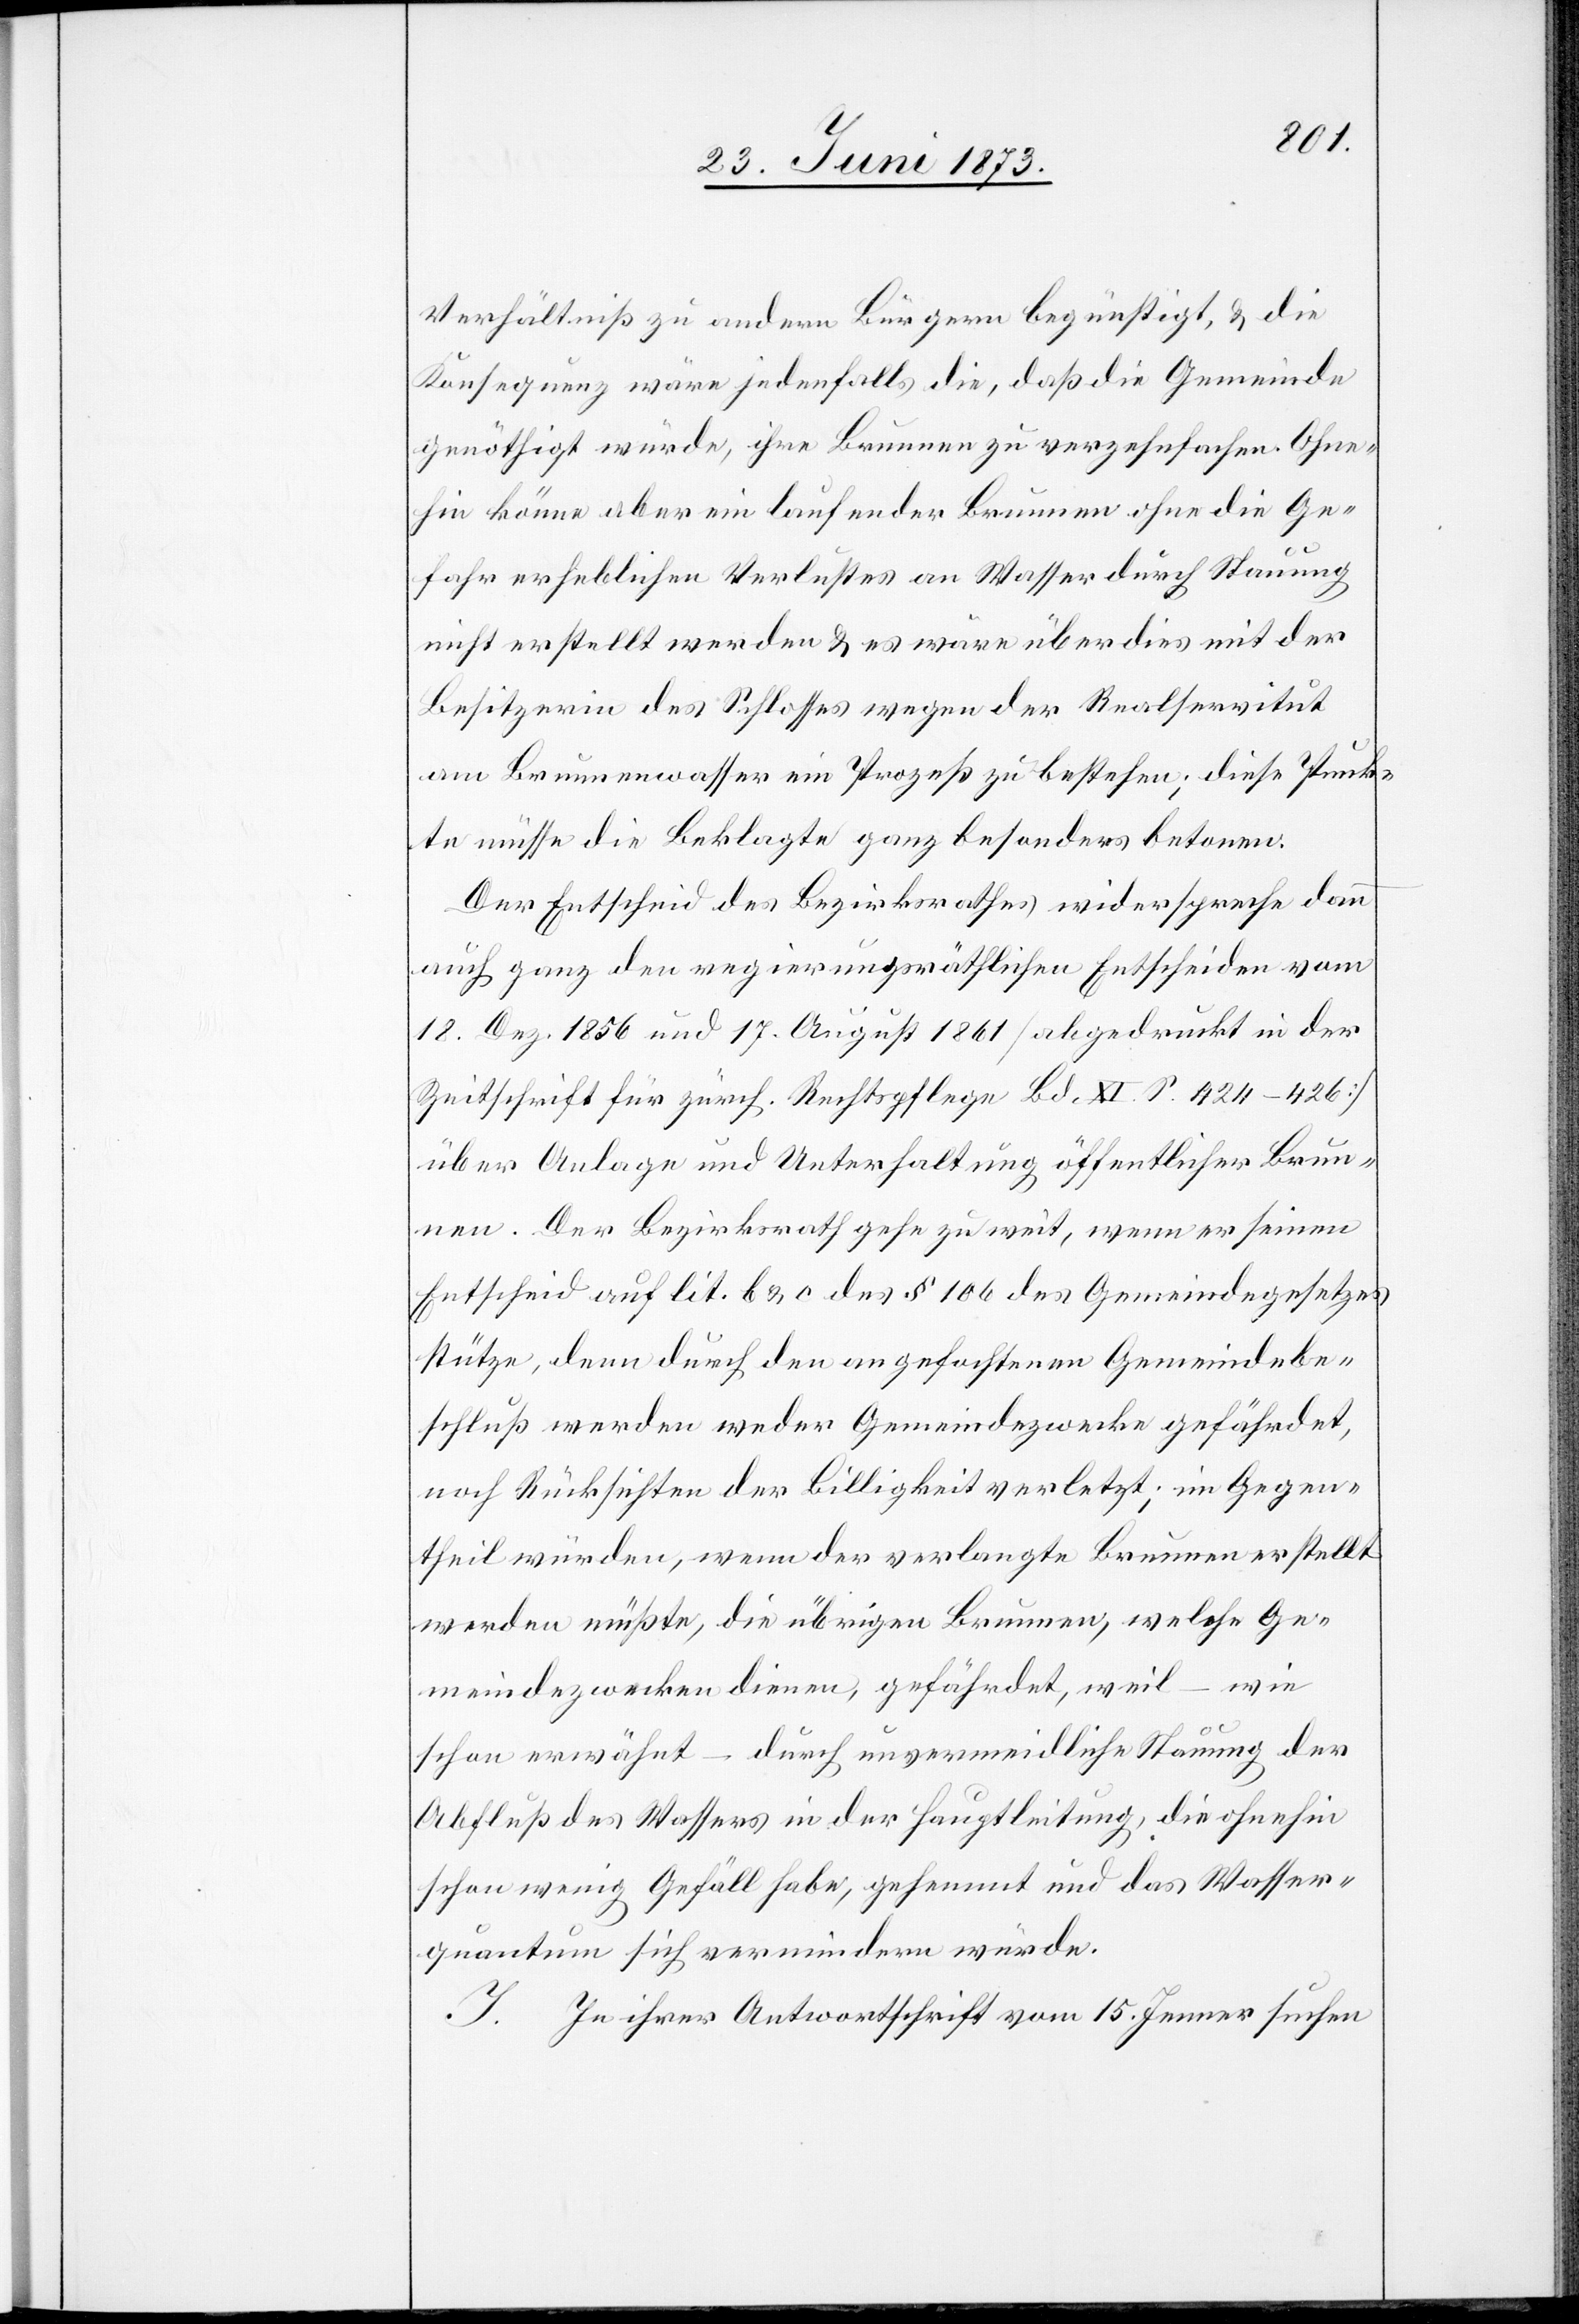
Verhältniß zu andern Bürgern begünstigt, & die
Konsequenz wäre jedenfalls die, daß die Gemeinde
genöthigt würde, ihre Brunnen zu verzehnfachen. Ohne¬
hin könne aber ein laufender Brunnen ohne die Ge¬
fahr erheblichen Verlustes an Wasser durch Stauung
nicht erstellt werden & es wäre überdies mit der
Besitzerin des Schlosses wegen der Realservitut
am Brunnenwasser ein Prozeß zu bestehen; diese Punk¬
te müsse die Beklagte ganz besonders betonen.
Der Entscheid des Bezirksrathes widerspreche dann
auch ganz den regierungsräthlichen Entscheiden vom
18. Dez. 1856 und 17. August 1861 [abgedruckt in der
Zeitschrift für zürch. Rechtspflege Bd. XI. S. 424–426]
über Anlage und Unterhaltung öffentlicher Brun¬
nen. Der Bezirksrath gehe zu weit, wenn er seinen
Entscheid auf lit. b & c des § 106 des Gemeindegesetzes
stütze, denn durch den angefochtenen Gemeindebe¬
schluß werden weder Gemeindezwecke gefährdet,
noch Rücksichten der Billigkeit verletzt; im Gegen¬
theil würden, wenn der verlangte Brunnen erstellt
werden müßte, die übrigen Brunnen, welche Ge¬
meindezwecken dienen, gefährdet, weil – wie
schon erwähnt – durch unvermeidliche Stauung der
Abfluß des Wassers in der Hauptleitung, die ohnehin
schon wenig Gefäll habe, gehemmt und das Wasser¬
quantum sich vermindern würde.
I. In ihrer Antwortschrift vom 15. Jenner suchen